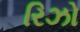
રિઝો